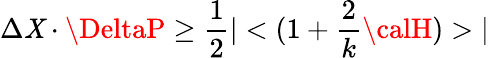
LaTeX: \Delta\mathit{X}\cdot\DeltaP\geq\frac{{1}}{{2}}|<(1+\frac{{2}}{{k}}{\calH})>|